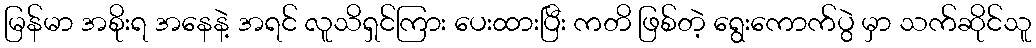
မြန်မာ အစိုးရ အနေနဲ့ အရင် လူသိရှင်ကြား ပေးထားပြီး ကတိ ဖြစ်တဲ့ ရွေးကောက်ပွဲ မှာ သက်ဆိုင်သူ